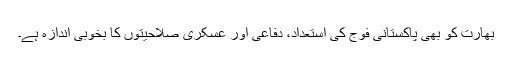
بھارت کو بھی پاکستانی فوج کی استعداد، دفاعی اور عسکری صلاحیتوں کا بخوبی اندازہ ہے۔